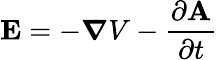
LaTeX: \mathbf{E}=-{\boldsymbol{\nabla}}V-{\frac{\partial\mathbf{A}}{\partial t}}